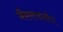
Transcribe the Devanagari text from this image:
जैवमण्डलीय